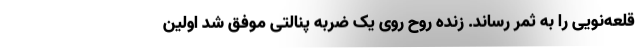
قلعه‌نویی را به ثمر رساند. زنده روح روی یک ضربه پنالتی موفق شد اولین